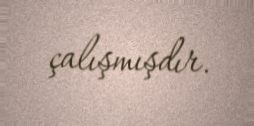
çalışmışdır.